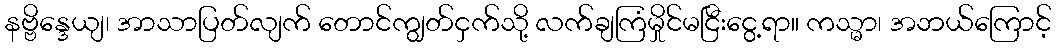
နဗ္ဗိန္ဒေယျ၊ အာသာပြတ်လျက် တောင်ကျွတ်ငှက်သို့ လက်ချကြံမှိုင်မငြီးငွေ့ရာ။ ကသ္မာ၊ အဘယ်ကြောင့်